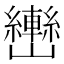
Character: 𰹫